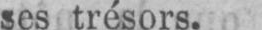
ses trésors.